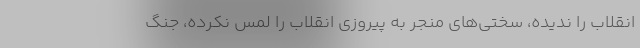
انقلاب را ندیده، سختی‌های منجر به پیروزی انقلاب را لمس نکرده، جنگ